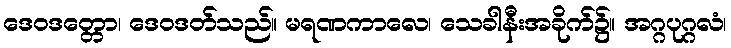
ဒေဝဒတ္တော၊ ဒေဝဒတ်သည်။ မရဏကာလေ၊ သေခါနီးအခိုက်၌။ အဂ္ဂပုဂ္ဂလံ၊